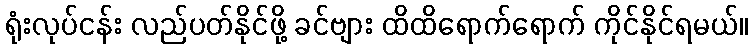
ရုံးလုပ်ငန်း လည်ပတ်နိုင်ဖို့ ခင်ဗျား ထိထိရောက်ရောက် ကိုင်နိုင်ရမယ်။